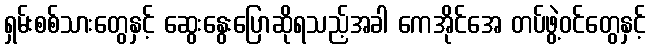
ရှမ်းစစ်သားတွေနှင့် ဆွေးနွေးပြောဆိုရသည့်အခါ ကေအိုင်အေ တပ်ဖွဲ့ဝင်တွေနှင့်